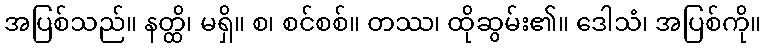
အပြစ်သည်။ နတ္ထိ၊ မရှိ။ စ၊ စင်စစ်။ တဿ၊ ထိုဆွမ်း၏။ ဒေါသံ၊ အပြစ်ကို။